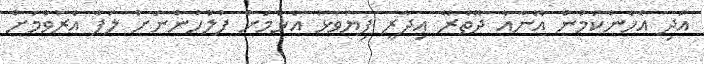
އަދި އެހެންކަމުން އޭނާއާ ދޭތެރޭ އިދާރީ ފިޔަވަޅު އެޅުމަށް ފުލުހުންނަށް ލަފާ އެރުވުމަށް